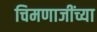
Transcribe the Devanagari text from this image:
चिमणाजींच्या